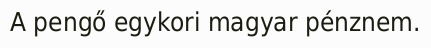
A pengő egykori magyar pénznem.